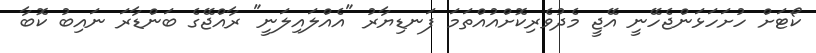
ކޯޓަށް ހުށަހަޅަންޖެހޭނީ އޭޖީ މެދުވެރިކޮށްއުއްތަމަ ފަނޑިޔާރު "އެއްލައިލަނީ" ރާއްޖޭގެ ބަންޑާރަ ނައިބު ކޮބާ